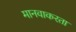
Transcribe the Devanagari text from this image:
मानवाकरता